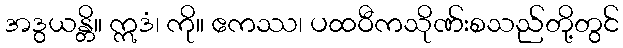
အဒွယန္တိ။ ဣဒံ၊ ကို။ ဧကဿ၊ ပထဝီကသိုဏ်းစသည်တို့တွင်